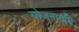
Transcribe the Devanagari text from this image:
योजनावधि